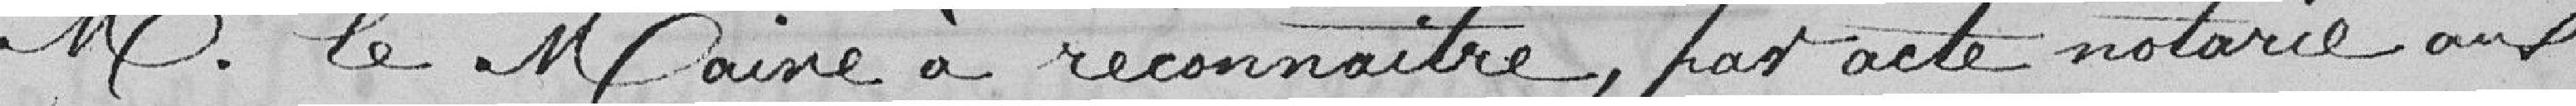
Monsieur le Maire à reconnaitre, par acte notarié aux